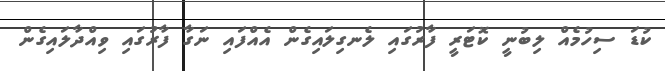
ކުޑަ ސިހުމެއް ލިބުނީ ކޮޓަރީ ފާރުގައި ލެނގިލައިގެން އެއްފައި ނަގާ ފާރުގައި ވިއްދާލައިގެން